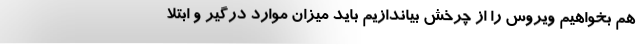
هم بخواهیم ویروس را از چرخش بیاندازیم باید میزان موارد درگیر و ابتلا